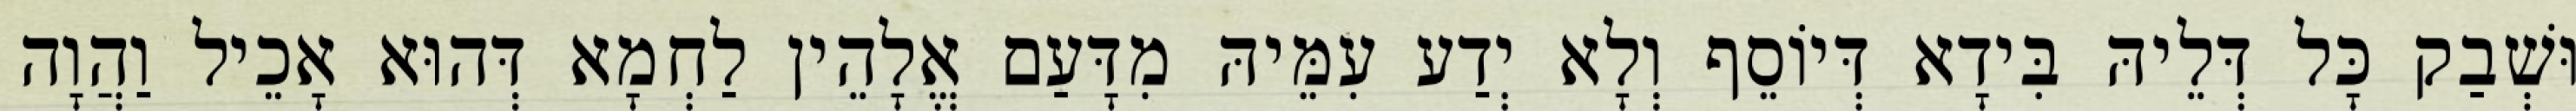
וּשְׁבַק כָּל דְּלֵיהּ בִּידָא דְּיוֹסֵף וְלָא יְדַע עִמֵּיהּ מִדָּעַם אֱלָהֵין לַחְמָא דְּהוּא אָכֵיל וַהֲוָה